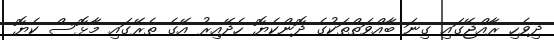
ދިވެހި ރާއްޖޭގައި ގިނަ ބާއްވަތްތަކުގެ ދޮންކެޔޮ ހެދޭއިރު އޭގެ ތެރޭގައި މާޅޮސް ކެޔޮ